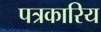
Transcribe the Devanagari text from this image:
पत्रकारिय